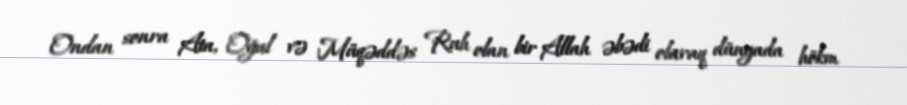
Ondan sonra Ata, Oğul və Müqəddəs Ruh olan bir Allah əbədi olaraq dünyada hökm